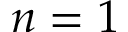
n = 1